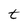
Character: t